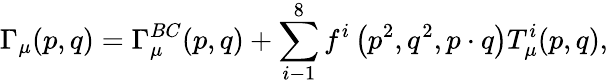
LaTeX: \Gamma_{\mu}(p,q)=\Gamma_{\mu}^{BC}(p,q)+\sum_{i-1}^{8}f^{i}\left(p^{2},q^{2},p\cdot q\right)T_{\mu}^{i}(p,q),